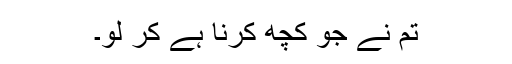
تم نے جو کچھ کرنا ہے کر لو۔